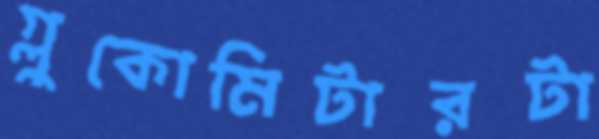
গ্লুকোমিটারটা